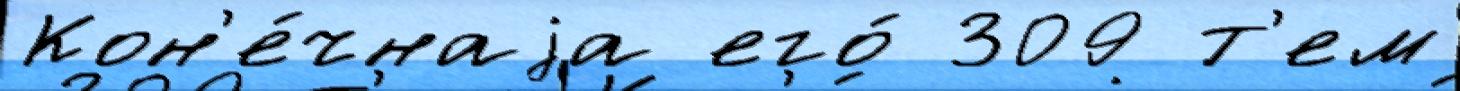
Кон'е́чнаjа его́ 309 т'ем